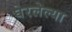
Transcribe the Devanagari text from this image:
घेरलेल्या